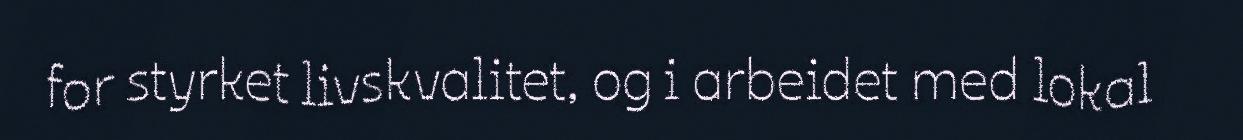
for styrket livskvalitet, og i arbeidet med lokal